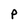
Character: P